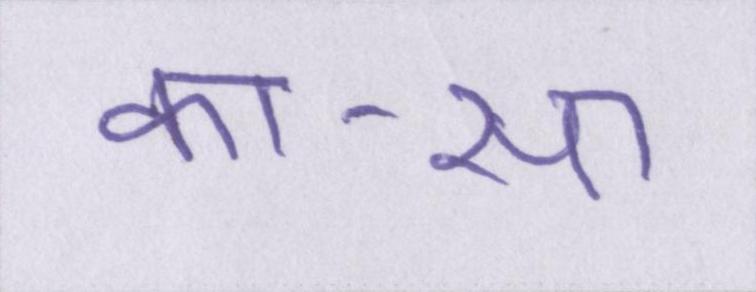
का-सा